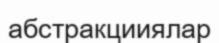
абстракцииялар